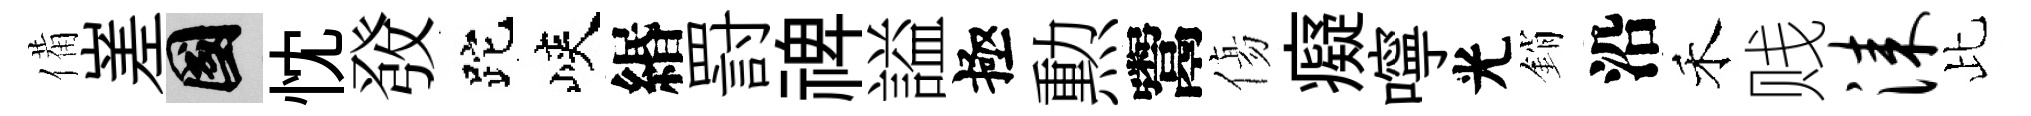
備嵳國忱𤼲跎峽緡罸禆謚極勲鬻傷癡嚀光銷沿禾贱漆比